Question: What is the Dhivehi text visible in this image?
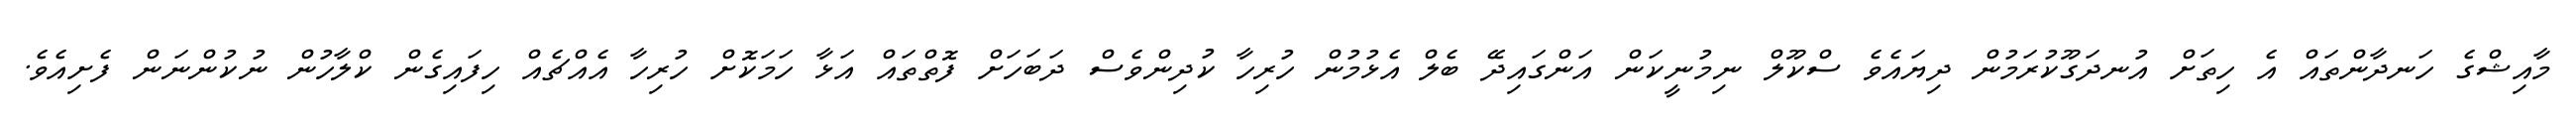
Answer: މާއިޝްގެ ހަނދާންތައް އެ ހިތަށް އުނދަގޫކުރަމުން ދިޔައެވެ ސްކޫލް ނިމުނީކަން އަންގައިދޭ ބެލް އެޅުމުން ހުރިހާ ކުދިންވެސް ދަބަހަށް ފޮތްތައް އަޅާ ހަމަކޮށް ހުރިހާ އެއްޗެއް ހިފައިގެން ކްލާހުން ނުކުންނަން ފެށިއެވެ.